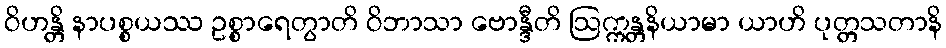
ဝိဟန္တိ နာပစ္စယဿ ဥစ္စာရေတွာတိ ဝိဘာသာ ဗောန္ဒီတိ ဩက္ကန္တနိယာမာ ယာဟိ ပုတ္တသတာနိ